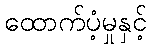
ထောက်ပံ့မှုနှင့်